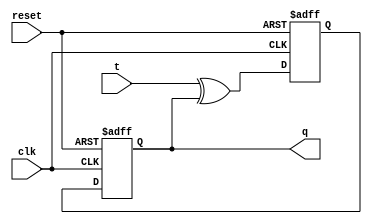
module T_FF(
    input wire clk,
    input wire reset,
    input wire t,
    output reg q
);

reg d1, d2;

always @ (posedge clk or posedge reset) begin
    if (reset) begin
        d1 <= 1'b0;
    end else begin
        d1 <= t ^ q;
    end
end

always @ (negedge clk or posedge reset) begin
    if (reset) begin
        d2 <= 1'b0;
    end else begin
        d2 <= d1;
    end
end

assign q = d2;

endmodule